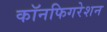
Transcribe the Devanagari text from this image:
कॉनफिगरेशन